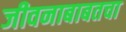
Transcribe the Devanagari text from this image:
जीवनाबाबतचा